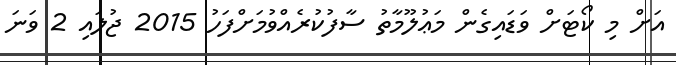
އަށް މި ކޯޓަށް ވަޑައިގެން މަޢުލޫމާތު ސާފުކުރެއްވުމަށްފަހު 2015 ޖުލައި 2 ވަނަ